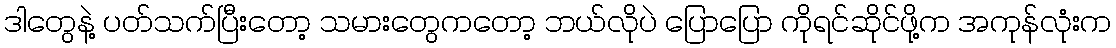
ဒါတွေနဲ့ ပတ်သက်ပြီးတော့ သမားတွေကတော့ ဘယ်လိုပဲ ပြောပြော ကိုရင်ဆိုင်ဖို့က အကုန်လုံးက